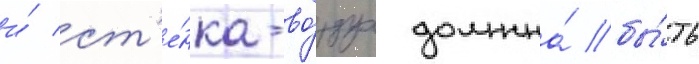
и́ ст'е́нка-во́здух должна́ бы́ть